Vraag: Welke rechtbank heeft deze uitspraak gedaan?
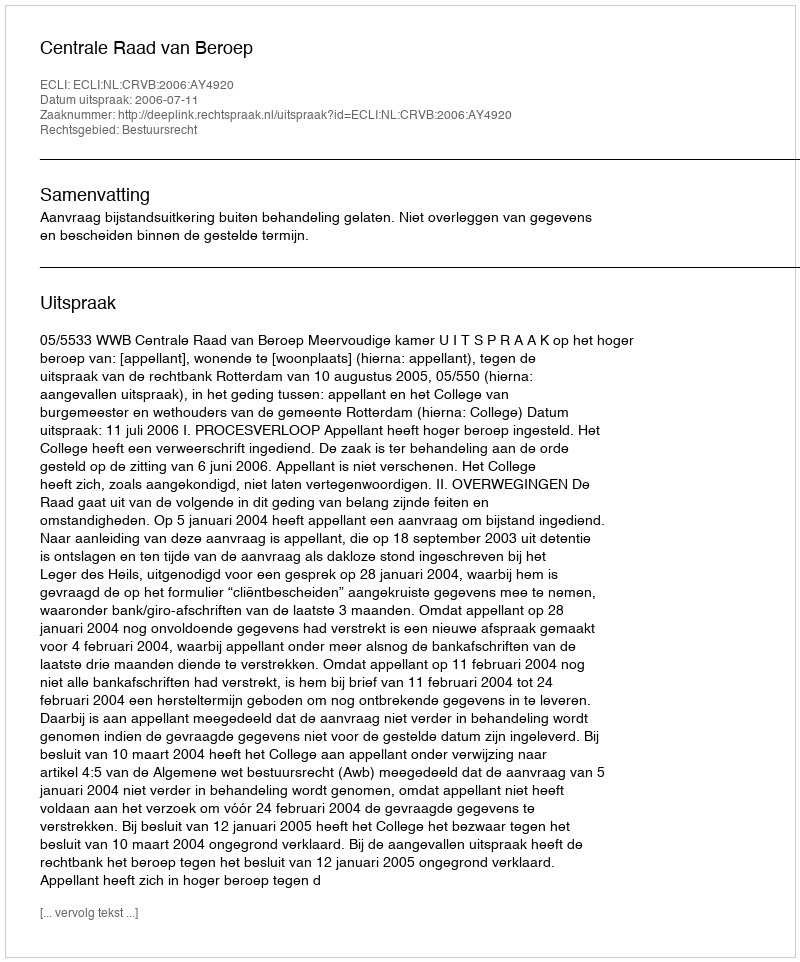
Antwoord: Centrale Raad van Beroep